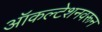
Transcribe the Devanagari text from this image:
ऑकल्टेशनवरून